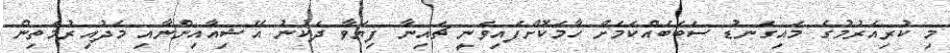
މި ކުރިއެރުމުގެ މައިގަނޑު ސަބަބެއްކަމަށް ހާމަކޮށްފައިވަނީ ޗައިނާ ފިޔަވާ ދެކުނު އޭޝިއާއިންނާއި މެދުއިރުމަތިން